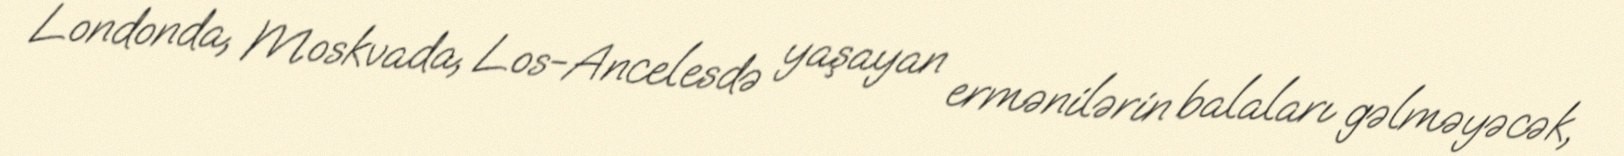
Londonda, Moskvada, Los-Ancelesdə yaşayan ermənilərin balaları gəlməyəcək,